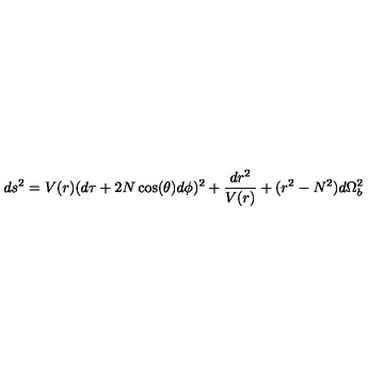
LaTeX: d s ^ { 2 } = V ( r ) ( d \tau + 2 N \cos ( \theta ) d \phi ) ^ { 2 } + \frac { d r ^ { 2 } } { V ( r ) } + ( r ^ { 2 } - N ^ { 2 } ) d \Omega _ { b } ^ { 2 }